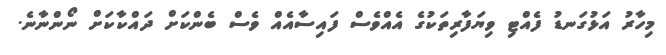
މިހާރު އަޅުގަނޑު ފެއްޓި ވިޔަފާރިތަކުގެ އެއްވެސް ފައިސާއެއް ވެސް ބެންކަށް ދައްކާކަށް ނޯންނާނެ.